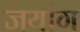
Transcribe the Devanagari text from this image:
जयांग